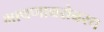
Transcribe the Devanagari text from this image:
भाषणाबरोबरच